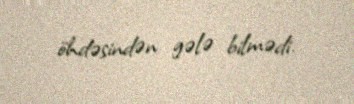
öhdəsindən gələ bilmədi.